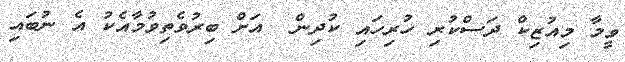
ވީމާ މިއުޒިކް ދަސްކުރި ހުރިހައި ކުދިން  އަށް ބިރުވެތިވުމާއެކު އެ ނުބައި